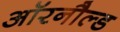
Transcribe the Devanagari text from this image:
ऑरनौल्ड